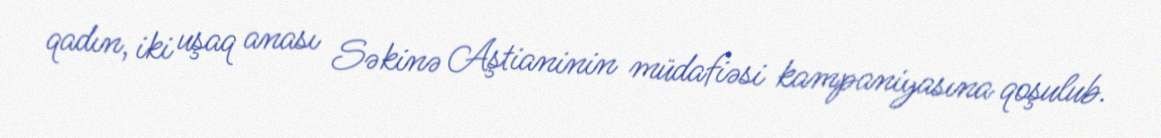
qadın, iki uşaq anası Səkinə Aştianinin müdafiəsi kampaniyasına qoşulub.